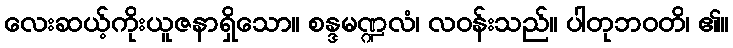
လေးဆယ့်ကိုးယူဇနာရှိသော။ စန္ဒမဏ္ဍလံ၊ လဝန်းသည်။ ပါတုဘဝတိ၊ ၏။